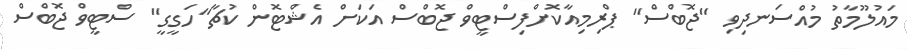
މައުލޫމާތު މުއްސަނދިވި "ޖޮބްސް" ޕްރިމިއާކޮށްފިސްޓީވް ޖޮބްސް އަކަށް އެޝްޓޮން ކުޗާ"ހަގީގީ" ސްޓީވް ޖޮބްސް